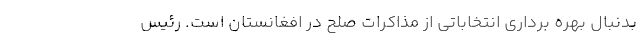
بدنبال بهره برداری انتخاباتی از مذاکرات صلح در افغانستان است. رئیس